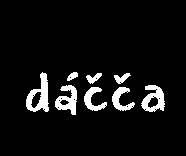
dáčča